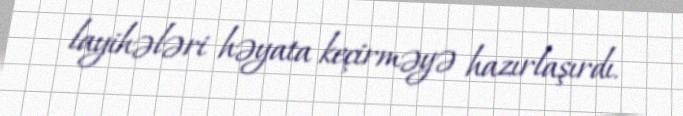
layihələri həyata keçirməyə hazırlaşırdı.